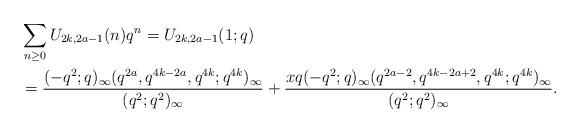
LaTeX: \begin{align*}&\sum_{n\geq0}U_{2k,2a-1}(n)q^n=U_{2k,2a-1}(1;q)\\&=\frac{(-q^2;q)_\infty(q^{2a},q^{4k-2a},q^{4k};q^{4k})_\infty}{(q^2;q^2)_\infty}+\frac{xq(-q^2;q)_\infty(q^{2a-2},q^{4k-2a+2},q^{4k};q^{4k})_\infty}{(q^2;q^2)_\infty}.\end{align*}